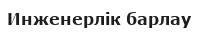
Инженерлік барлау